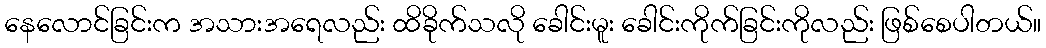
နေလောင်ခြင်းက အသားအရေလည်း ထိခိုက်သလို ခေါင်းမူး ခေါင်းကိုက်ခြင်းကိုလည်း ဖြစ်စေပါတယ်။